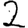
Digit: 2